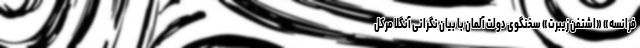
فرانسه» «اشتفن زیبرت» سخنگوی دولت آلمان با بیان نگرانی آنگلا مرکل